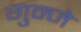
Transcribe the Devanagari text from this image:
गुन्जे